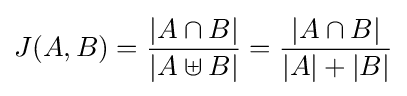
J(A,B)={\frac {|A\cap B|}{|A\uplus B|}}={\frac {|A\cap B|}{|A|+|B|}}